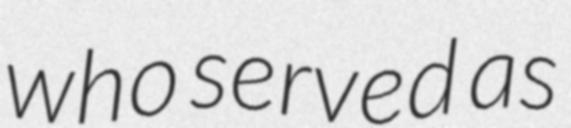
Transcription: who served as